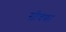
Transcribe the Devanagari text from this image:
सीवणा